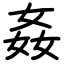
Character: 姦